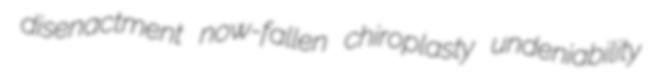
disenactment now-fallen chiroplasty undeniability